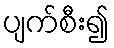
ပျက်စီး၍